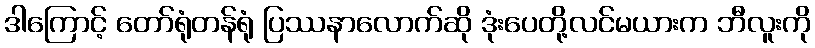
ဒါကြောင့် တော်ရုံတန်ရုံ ပြဿနာလောက်ဆို ဒုံးပေတို့လင်မယားက ဘီလူးကို